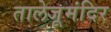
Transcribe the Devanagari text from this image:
तालेजूमंदिर